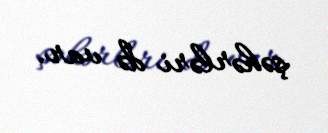
şəhərləri də var.